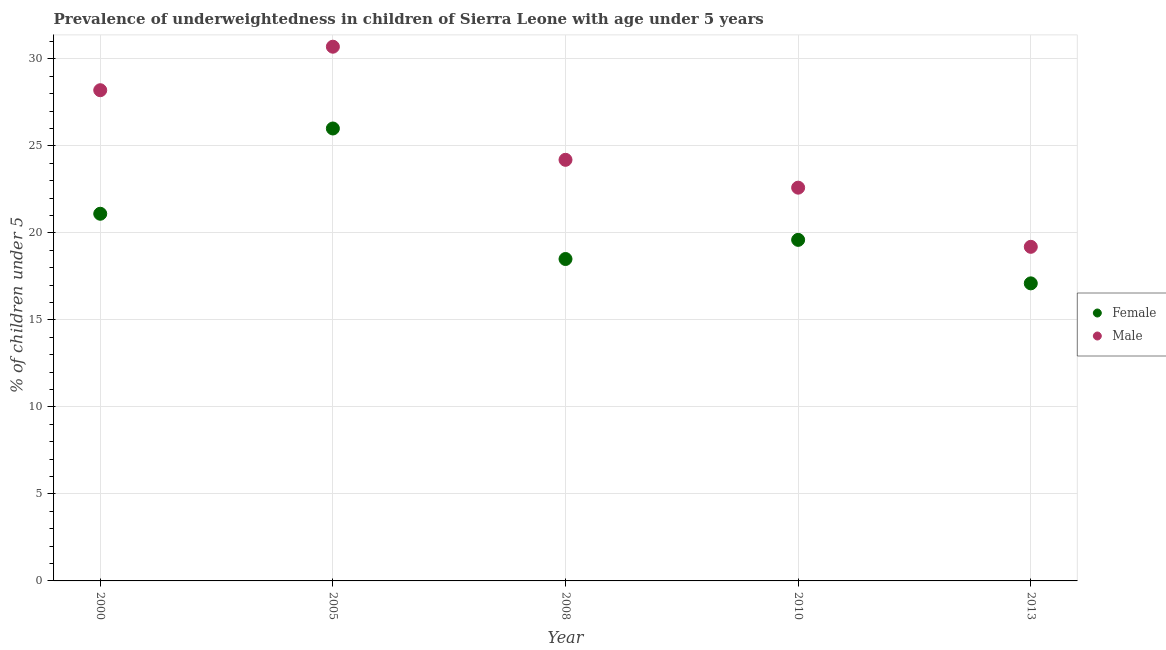
| Year | Female | Male |
 | --- | --- | --- |
 | 2000 | 21.1 | 28.2 |
 | 2005 | 26 | 30.7 |
 | 2008 | 18.5 | 24.2 |
 | 2010 | 19.6 | 22.6 |
 | 2013 | 17.1 | 19.2 |